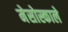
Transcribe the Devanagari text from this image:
मेसोस्काले